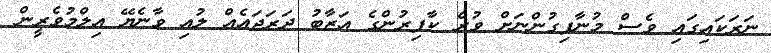
ނަރަކައިގައި ވެސް މުނާފިގުންނަށް ވުރެ ކާފިރުންގެ އަޒާބު ދަރަޖައެއް ލުއި ވާނެޔޭ އިލްމުވެރީން